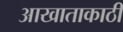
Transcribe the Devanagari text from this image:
आखाताकाठी